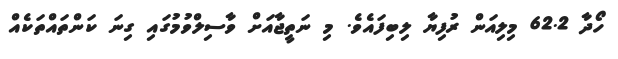
ހޯދާ 62.2 މިލިއަން ރުފިޔާ ލިބިފައެވެ. މި ނަތީޖާއަށް ވާސިލްވުމުގައި ގިނަ ކަންތައްތަކެއް